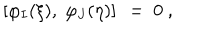
LaTeX: \left[ \varphi _ { I } ( \xi ) , \; \varphi _ { J } ( \eta ) \right] \ = \ 0 \ ,